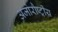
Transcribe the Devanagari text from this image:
अजोरौष्ट्रीय